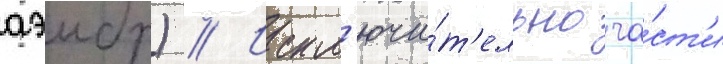
аэмбр) // Искл'ючи́т'ельно ча́ст'и